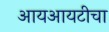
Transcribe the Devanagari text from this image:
आयआयटीचा